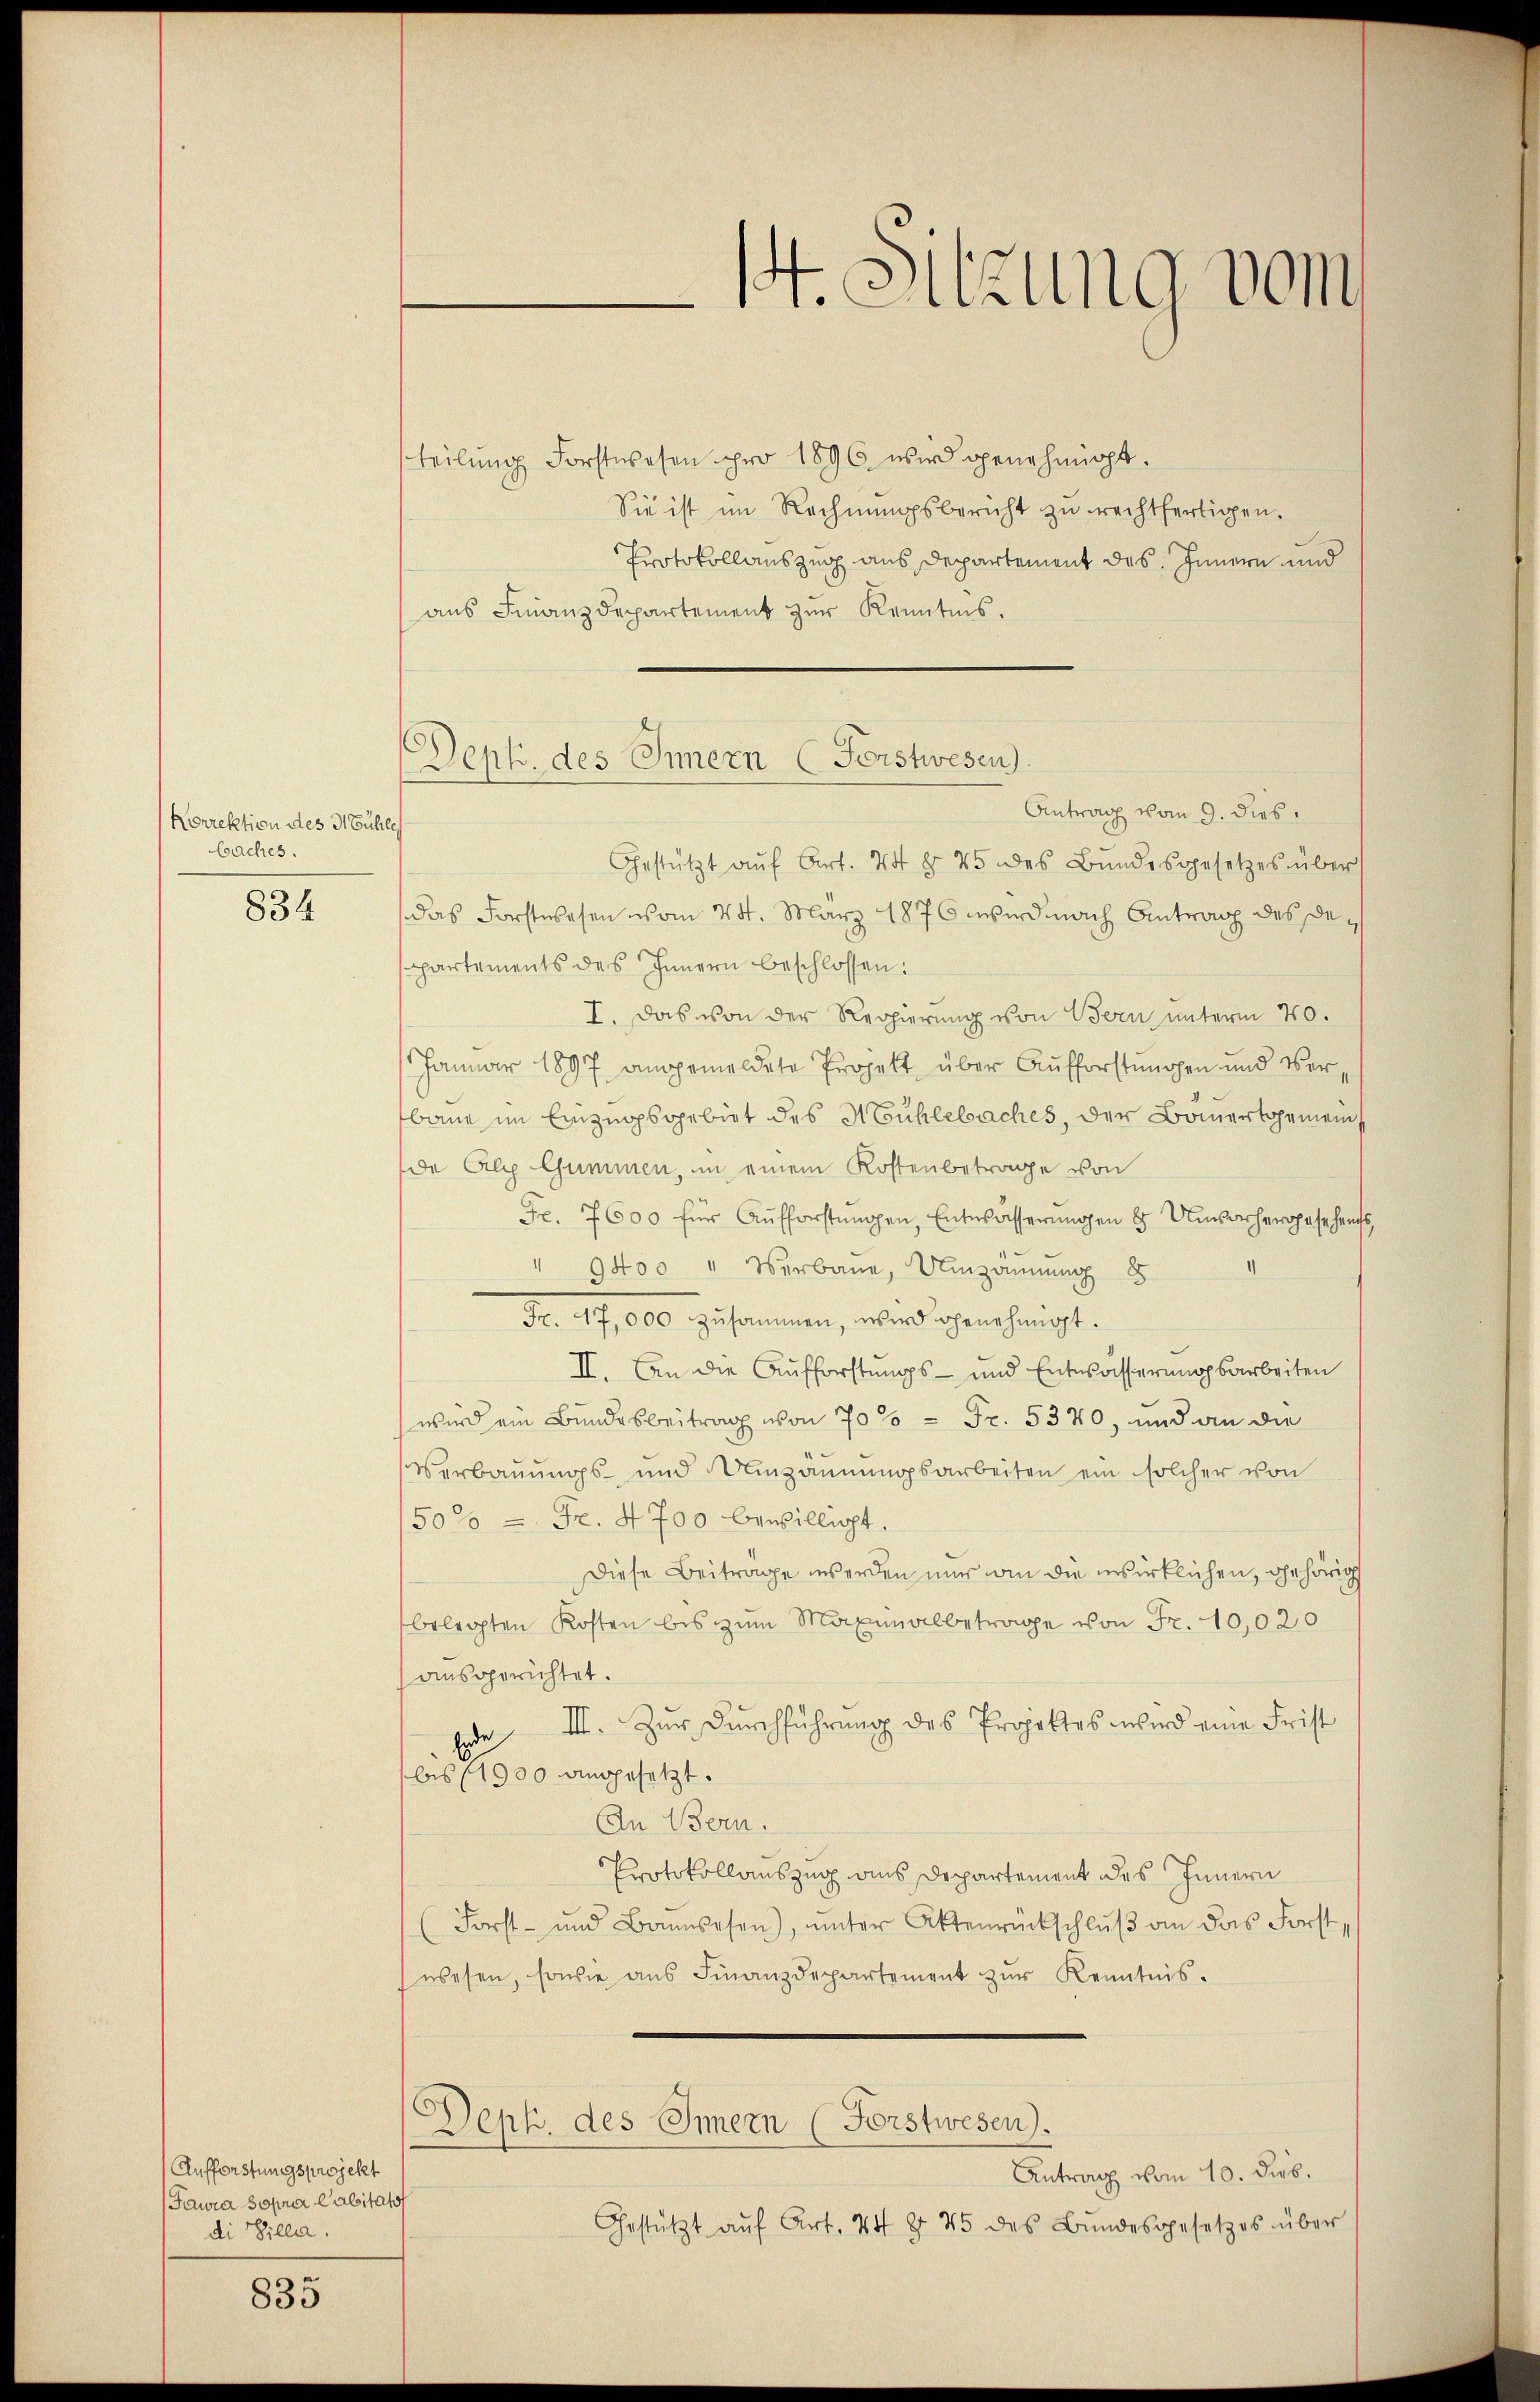
Norrektion des H. Bühle
baches.

834

Aufforstungsprojekt
Tawia sopra Calsitato
di Villa.

833

Dept. des Innern (Forstwesen.

14. Sitzung vom

teilŭng Forstwesen pro 1896 wird genehmigt.
Sie ist im Rechnungsbericht zu rechtfertigen.
Protokollauszug aus Departement des Innern und
(aus Finanzdepartement zur Kenntnis.
Antrag vom 9. dies
Gestützt aŭf Art. 74 § 25 des Bŭndesgesetzes über
das Forstwesen vom 24. März 1876 wird nach Antrag des den
partements des Innern beschlossen:
I. Das von der Regierung von Bern unterm 20.
Januar 1897 angemeldete Projekt über Aufforstungen und Verbaue im Einzugsgebiet des Mühlebaches, der Bauertgemeins
de Cl Gummen, in einem Kostenbetrage von
Fr. 7600 für Aŭfforstŭngen, Entwässerŭngen & Unvorhergesehens
" 9400 " Verbaŭe, Umzannung 4 "
Dr. A., 000 zusammen, wird genehmigt.
II. An die Aufforstungs- und Entwässerungsarbeiten
wird ein Bundesbeitrag von 70 % = Fr. 5370, und an die
Verbauungs- und Umzäunungsarbeiten ein solcher von
50% = Fr. 4700 bewilligt.
Diese Beitrage werden uns an die insirklichen, gehörig
belegten Kosten bis zum Maximalbetrage von Fr. 10,020
ausgerichtet.
III. Zur Durchführung des Projektes wird eine Frist
E
bis 1900 angesetzt.
An Bern.
Protokollauszug aus Departement des Innern
(Forst- und Bauwesen), ŭnter Aktenrückschlŭβ an das Forstwesen, sowie ans Finanzdepartement zŭr Kenntnis.
Depp. des Innern (Forstwesen).
Antrag vom 10. dies.
Gestützt aŭf Art. 74 § 75 des Bŭndesgesetzes über